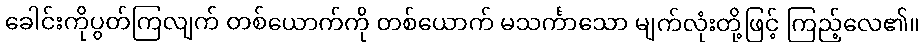
ခေါင်းကိုပွတ်ကြလျက် တစ်ယောက်ကို တစ်ယောက် မသင်္ကာသော မျက်လုံးတို့ဖြင့် ကြည့်လေ၏။